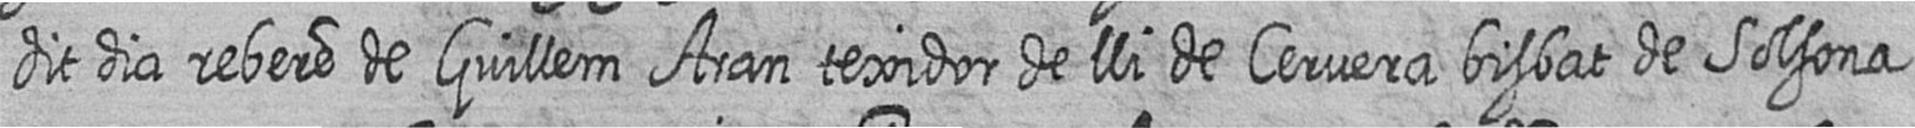
dit dia rebere de Guillem Aran texidor de lli de Cervera bisbat de Solsona